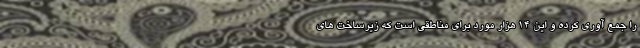
را جمع آوری کرده و این ۱۴ هزار مورد برای مناطقی است که زیرساخت های